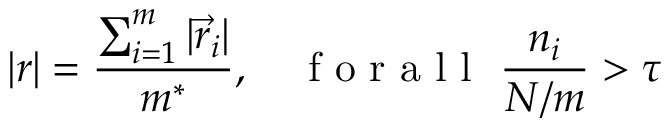
| r | = \frac { \sum _ { i = 1 } ^ { m } | \vec { r } _ { i } | } { m ^ { * } } , \quad \mathrm { ~ f ~ o ~ r ~ a ~ l ~ l ~ } \ \frac { n _ { i } } { N / m } > \tau